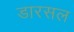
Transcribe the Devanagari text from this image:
डारसल